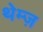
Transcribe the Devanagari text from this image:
थेम्ज़